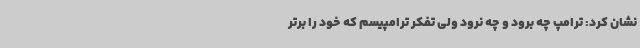
نشان کرد: ترامپ چه برود و چه نرود ولی تفکر ترامپیسم که خود را برتر